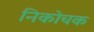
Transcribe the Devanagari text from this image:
निकोचक